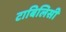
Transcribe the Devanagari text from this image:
टाबिलिसी